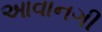
આવાનગી